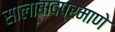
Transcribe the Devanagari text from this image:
सालाबादप्रमाणे